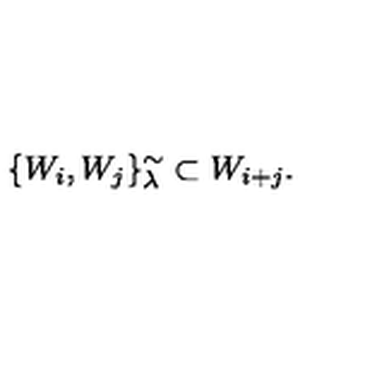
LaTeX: \{ W _ { i } , W _ { j } \} _ { \lambda } ^ { \sim } \subset W _ { i + j } .